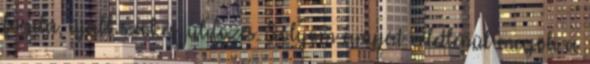
fogda, újabb szökés, üldözés. Sólyom anyját véletlenül megöli a